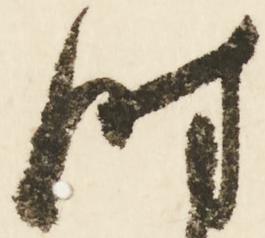
時